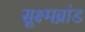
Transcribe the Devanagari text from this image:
सूक्ष्मब्रांड